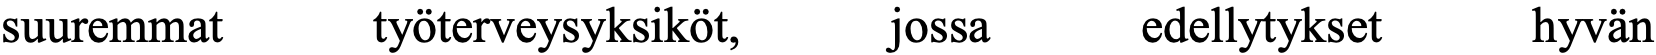
suuremmat   työterveysyksiköt, jossa edellytykset hyvän